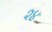
૨૪